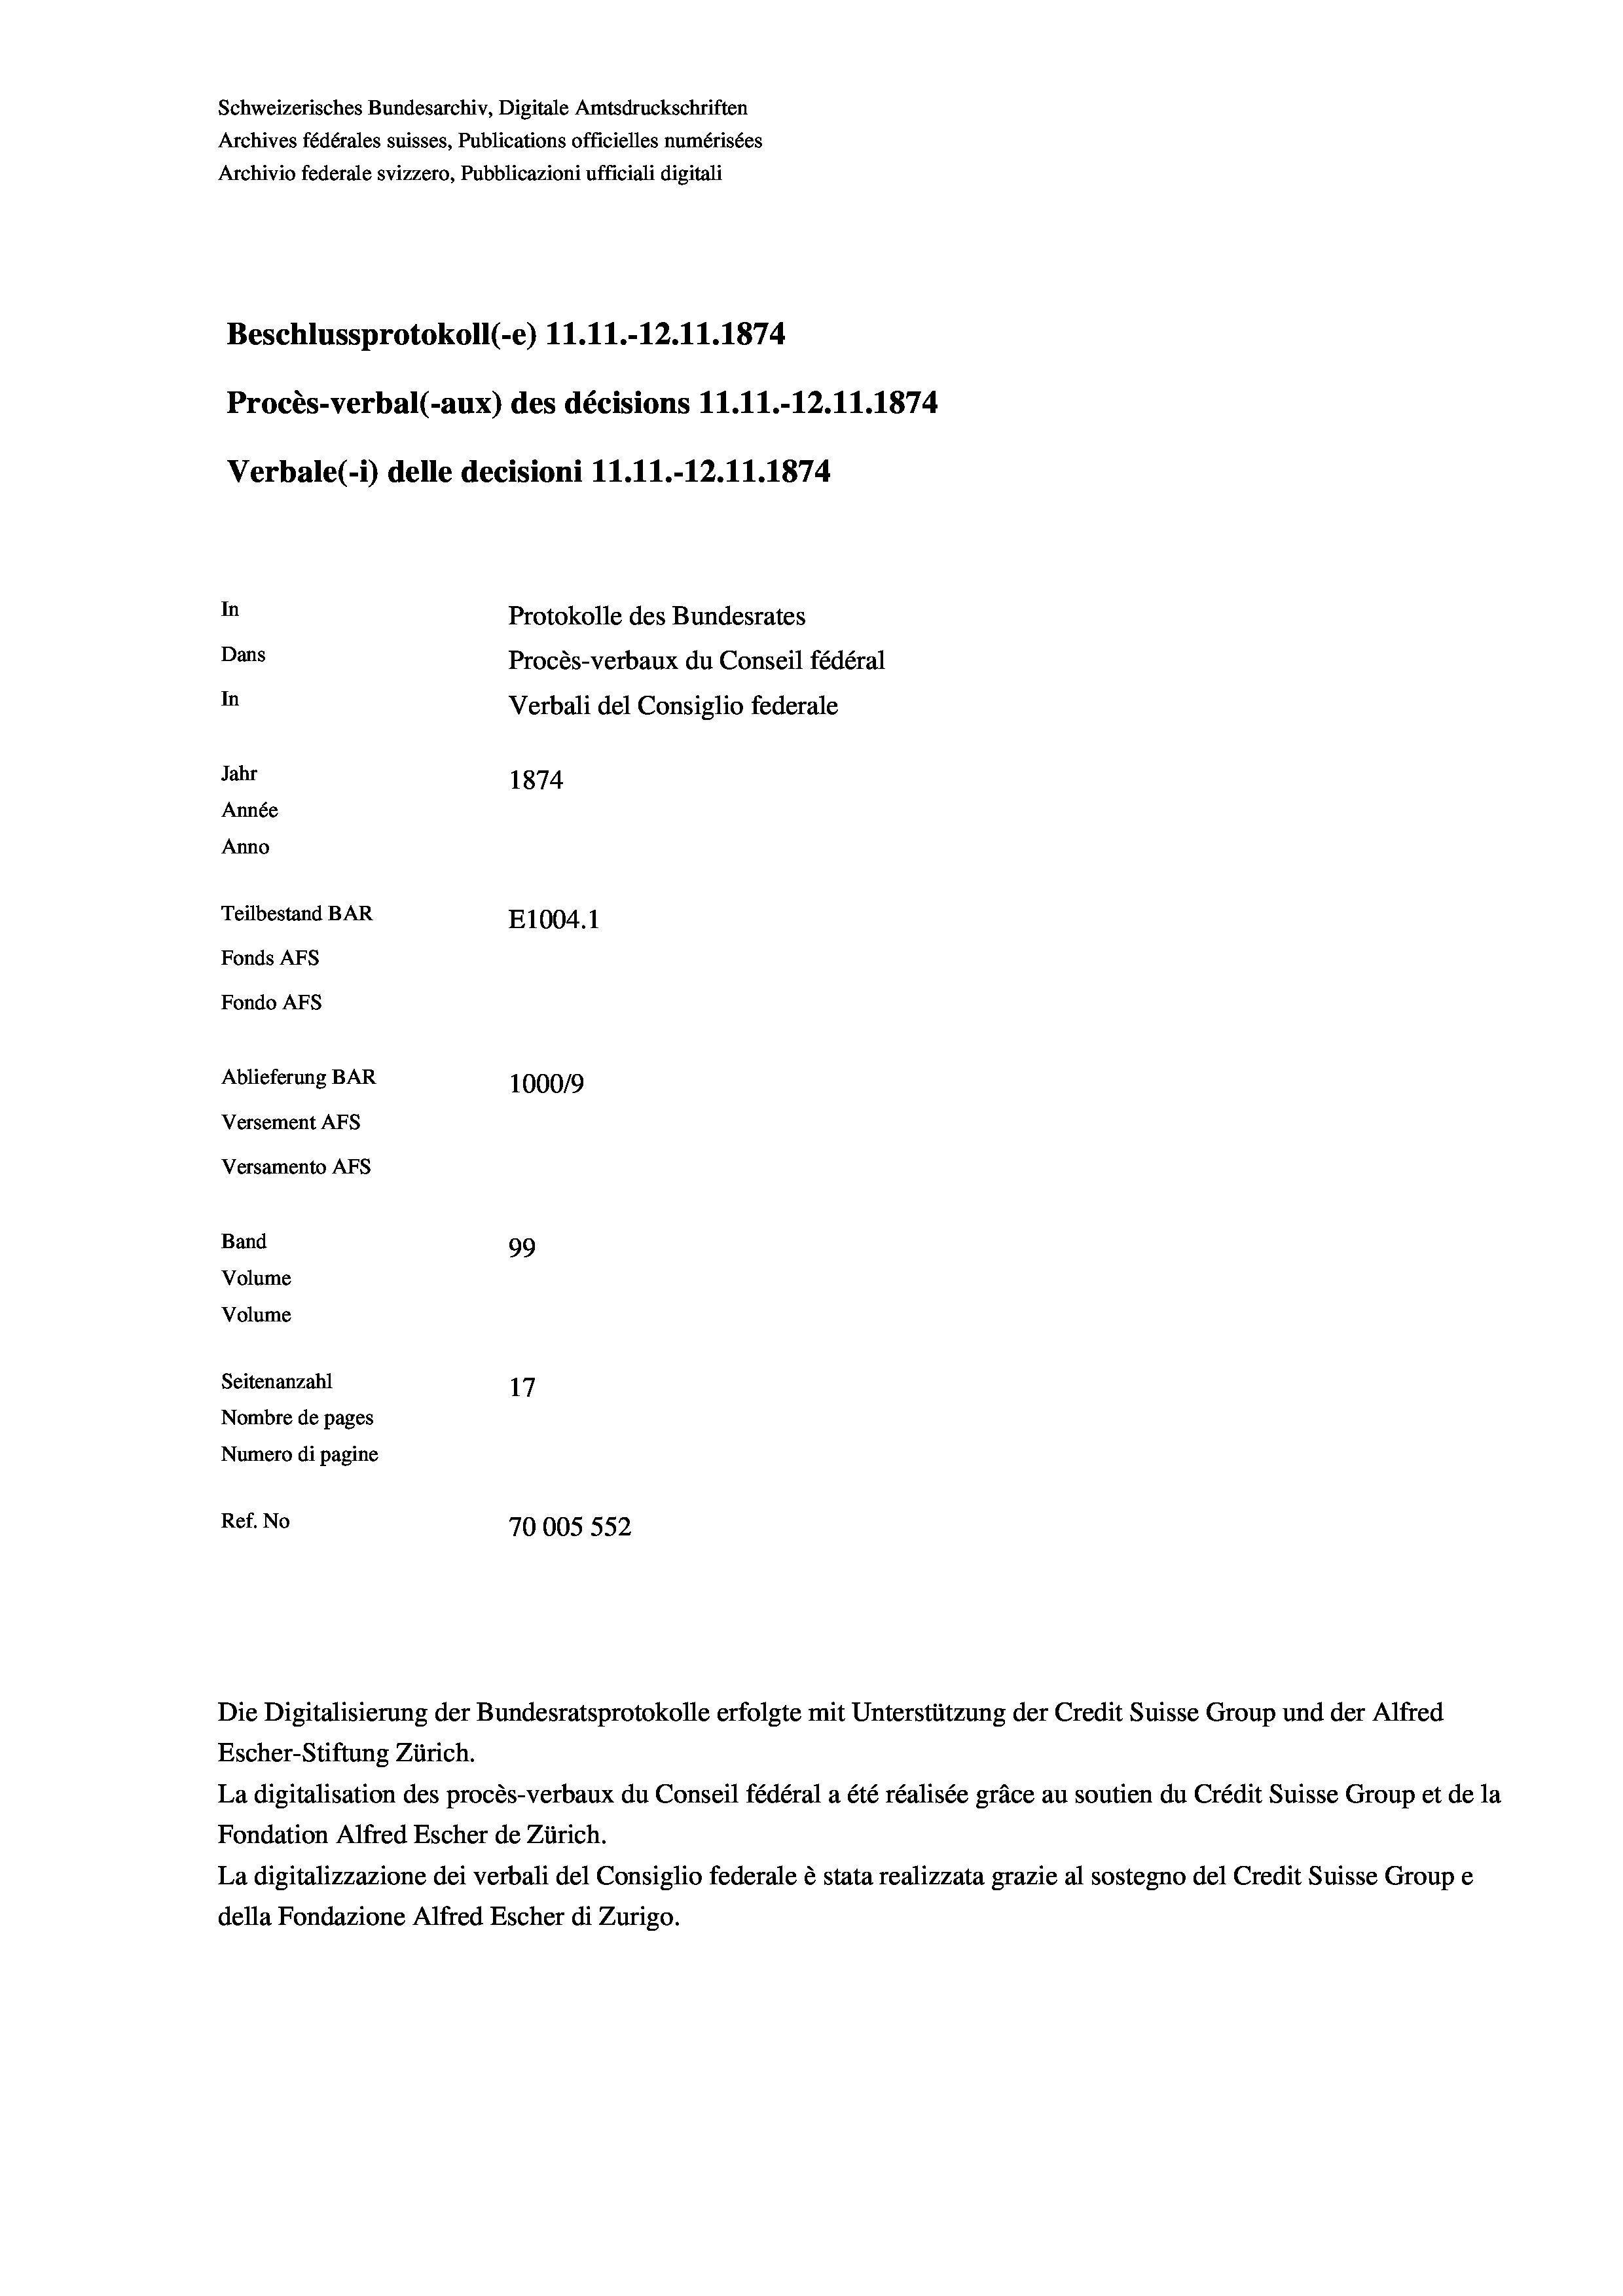
Schweizerisches Bundesarchiv, Digitale Amtsdruckschriften
Archives fédérales suisses, Publications officielles numérisées
Archivio federale svizzero, Pubblicazioni ufficiali digitali
Beschlussprotokoll (-e) 11.11.-12.11.1874
Procès-verbal (-aux) des décisions 11.11.-12.11.1874
Verbale (1) delle decisioni 11.11.-12.11.1874
In
Protokolle des Bundesrates
Dans
Procès-verbaux du Conseil fédéral
In
Verbali del Consiglio federale
Jahr
1874
Année
Anno
Teilbestand BAR
E1004. 1
Fonds AFs
Fondo AFs
Ablieferung BAR
1000/9
Versement Abs
Versamento Afs
Band
99
Volume
Volume
Seitenanzahl
17
Nombre de pages
Numero di pagine
Ref. No
70005552

Die Digitalisierung der Bundesratsprotokolle erfolgte mit Unterstützung der Credit Suisse Group und der Alfred
Escher-Stiftung Zürich.
La digitalisation des procès-verbaux du Conseil fédéral a été réalisée gräce au soutien du Crédit Suisse Group et de la
Fondation Alfred Escher de Zürich.
La digitalizzazione dei verbali del Consiglio federale è stata realizzata grazie al sostegno del Credit Suisse Groupe
della Fondazione Alfred Escher di Zurigo.